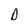
Character: D